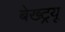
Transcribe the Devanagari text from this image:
बेख्ट्रयू